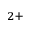
^ { 2 + }